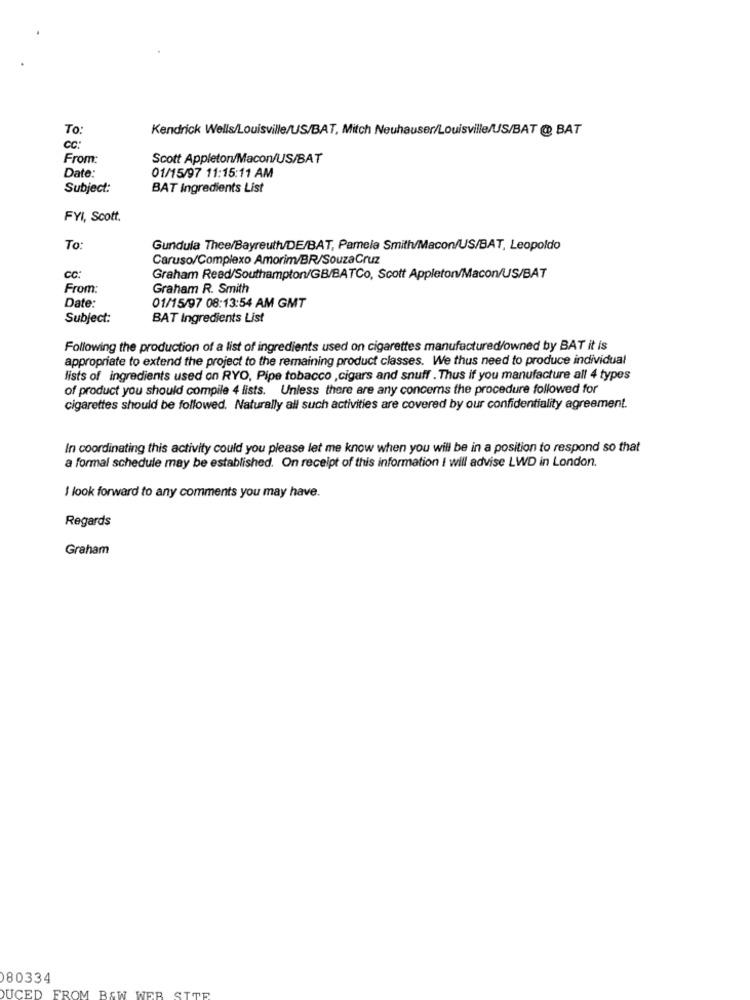
To:
Kendrick Wells/Louisville/US/BAT, Mitch Neuhauser/Louisville/US/BAT @ BAT
CC:
From:
Scott Appleton/Macon/US/BAT
Date:
01/15/97 11:15:11 AM
Subject:
BAT Ingredients List
FYI, Scott.
To:
Gundula Thee/Bayreuth/DE/BAT, Pamela Smith/Macon/US/BAT, Leopoldo
Caruso/Complexo Amorim/BR/SouzaCruz
cc:
Graham Read/Southampton/GB/BATCo, Scott Appleton/Macon/US/BAT
From:
Graham R. Smith
Date:
01/15/97 08:13:54 AM GMT
Subject:
BAT Ingredients List
Following the production of a list of ingredients used on cigarettes manufactured/owned by BAT it is
appropriate to extend the project to the remaining product classes. We thus need to produce individual
lists of ingredients used on RYO, Pipe tobacco , cigars and snuff . Thus if you manufacture all 4 types
of product you should compile 4 fists. Unless there are any concerns the procedure followed for
cigarettes should be followed. Naturally all such activities are covered by our confidentiality agreement.
In coordinating this activity could you please let me know when you will be in a position to respond so that
a formal schedule may be established. On receipt of this information I will advise LWD in London.
I look forward to any comments you may have.
Regards
Graham
080334
DUCED FROM BAW WEB